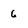
Character: 6